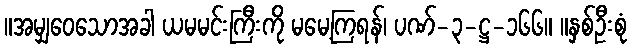
။အမျှဝေသောအခါ ယမမင်းကြီးကို မမေ့ကြရန်၊ ပဏ်-၃-ဋ္ဌ-၁၆၆။ ။နှစ်ဦးစုံ